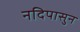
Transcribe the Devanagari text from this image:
नदिपासुन